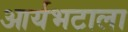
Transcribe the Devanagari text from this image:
आर्यभटाला